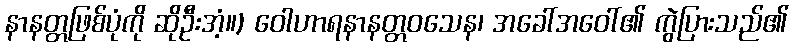
နာနတ္တဖြစ်ပုံကို ဆိုဦးအံ့။) ဝေါဟာရနာနတ္တဝသေန၊ အခေါ်အဝေါ်၏ ကွဲပြားသည်၏